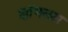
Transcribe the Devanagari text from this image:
झॉयलस